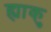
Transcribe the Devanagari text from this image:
ह्याकु